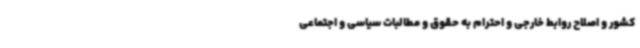
کشور و اصلاح روابط خارجی و احترام به حقوق و مطالبات سیاسی و اجتماعی